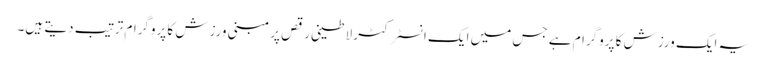
یہ ایک ورزش کا پروگرام ہے جس میں ایک انسٹرکٹر لاطینی رقص پر مبنی ورزش کا پروگرام ترتیب دیتے ہیں۔